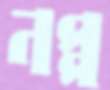
নপ্প